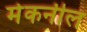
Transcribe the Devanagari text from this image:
मेकनील